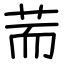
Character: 荋